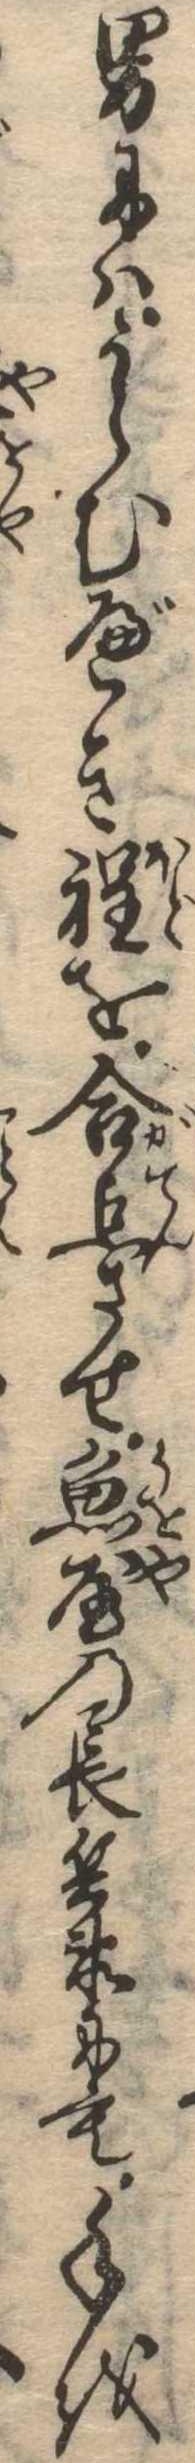
男にはうらむべき程を合点させ魚屋の長兵衛にも手を